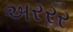
અરરર